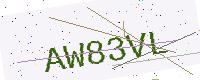
Text: AW83VL